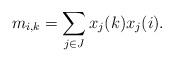
LaTeX: \begin{align*} m_{i,k}=\sum_{j\in J} x_j(k)x_j(i). \end{align*}